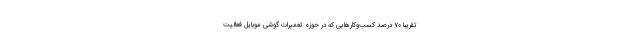
تقریبا ۷۰ درصد کسب‌وکارهایی که در حوزه تعمیرات گوشی موبایل فعالیت